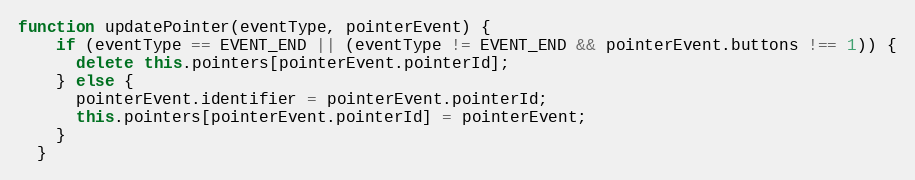
Language: JavaScript
function updatePointer(eventType, pointerEvent) {
    if (eventType == EVENT_END || (eventType != EVENT_END && pointerEvent.buttons !== 1)) {
      delete this.pointers[pointerEvent.pointerId];
    } else {
      pointerEvent.identifier = pointerEvent.pointerId;
      this.pointers[pointerEvent.pointerId] = pointerEvent;
    }
  }